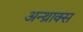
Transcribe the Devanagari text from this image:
अन्थ्राक्स